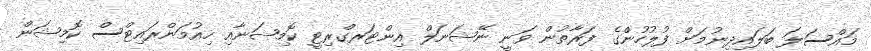
މައްސަލަ ބަލައިދިނުމަށް ފުލުހުންްގެ ފަރާތުން ވަނީ ނޭޝަނަލް އިންޓަރގްރިޓީ ކޮމިޝަނާއި ހިއުމަންރައިޓްސް ކޮމިޝަން